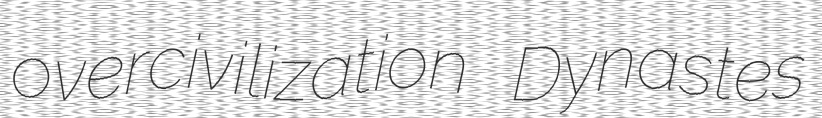
overcivilization Dynastes